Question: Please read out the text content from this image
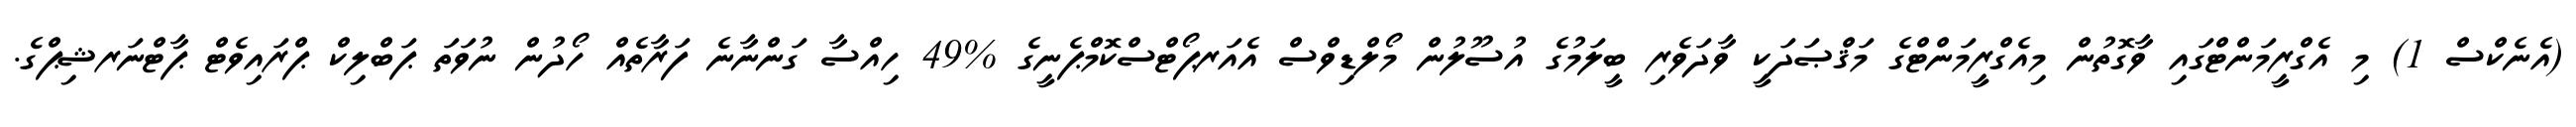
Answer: (އެނެކްސް 1) މި އެގްރީމަންޓްގައި ވާގޮތުން މިއެގްރީމަންޓްގެ މަޤްޞަދަކީ ވާދަވެރި ބީލަމުގެ އުސޫލުން މޯލްޑިވްސް އެއަރޕޯޓްސްކޮމްޕެނީގެ %49 ހިއްސާ ގަންނާނެ ފަރާތެއް ހޯދުން ނުވަތަ ޕަބްލިކް ޕްރައިވެޓް ޕާޓްނަރޝިޕްގެ.